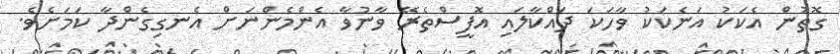
ގޮތުން އެކަކު އަނެކަކު ވާހަކަ ދައްކާލައި އޮފީސްތެރޭ ވާނުވާ އެންމެންނަށް އެނގިގެންދާ ކަމަށެވެ.